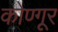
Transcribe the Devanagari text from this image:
कोण्गूर